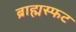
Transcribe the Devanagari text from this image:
ब्राह्मस्फट